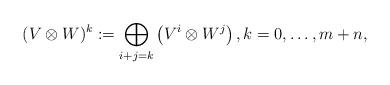
LaTeX: \begin{align*} (V\otimes W)^k:=\bigoplus_{i+j=k} \left(V^i\otimes W^j\right),k=0,\ldots,m+n,\end{align*}